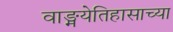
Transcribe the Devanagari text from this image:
वाङ्मयेतिहासाच्या